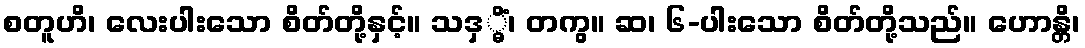
စတူဟိ၊ လေးပါးသော စိတ်တို့နှင့်။ သဒှ္ဓိံ၊ တကွ။ ဆ၊ ၆-ပါးသော စိတ်တို့သည်။ ဟောန္တိ၊